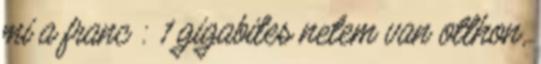
mi a franc : 1 gigabites netem van otthon,